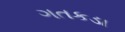
ગતકડા